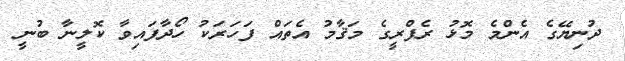
ދުނިޔޭގެ އެންމެ މޮޅު ރެފްރީގެ މަޤާމު އެތައް ފަހަރަކު ހޯދާފައިވާ ކޮލީނާ ބުނީ